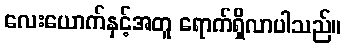
လေးယောက်နှင့်အတူ ရောက်ရှိလာပါသည်။